Scientific memoirs by medical officers of the Army of India - Part VII,
Year: 1892
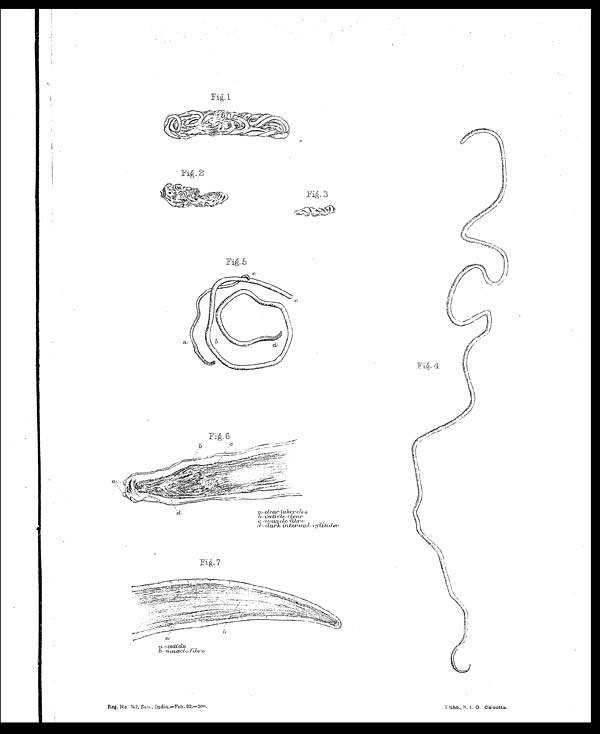
Reg. No. 742, San. , I ndi a. —Feb. 92. —300.
Litho., S. I. O. Calcutta.